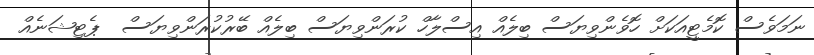
ނަމަވެސް ކޮމެޓީއަކަށް ހޮވެންވިޔަސް ބިލެއް އިސްލާހް ކުރަންވިޔަސް ބިލެއް ބޭރުކުރަންވިޔަސް  ޕެޓިޝަނެއް